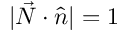
| \vec { N } \cdot \hat { n } | = 1